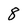
Character: 8